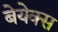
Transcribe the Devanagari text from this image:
बेयेक्स